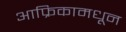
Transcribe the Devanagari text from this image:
आफ्रिकामधून